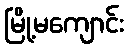
မြို့မကျောင်း